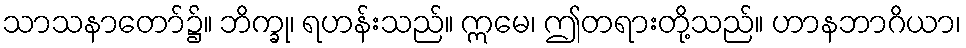
သာသနာတော်၌။ ဘိက္ခု၊ ရဟန်းသည်။ ဣမေ၊ ဤတရားတို့သည်။ ဟာနဘာဂိယာ၊